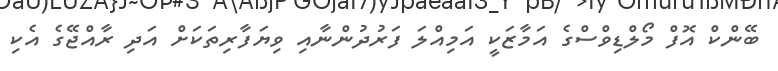
ބޭންކް އޮފް މޯލްޑިވްސްގެ އަމާޒަކީ އަމިއްލަ ފަރުދުންނާއި ވިޔަފާރިތަކަށް އަދި ރާއްޖޭގެ އެކި